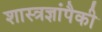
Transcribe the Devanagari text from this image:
शास्त्रज्ञांपैकी